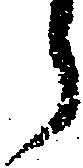
う